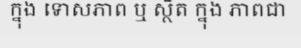
ក្នុង ទោសភាព ឬ ស្ថិត ក្នុង ភាពជា